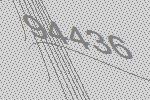
94436